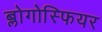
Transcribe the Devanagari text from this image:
ब्लोगोस्फियर